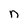
Character: n